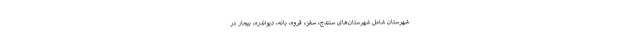
شهرستان شامل شهرستان‌های سنندج، سقز، قروه، بانه، دیواندره، بیجار در